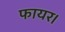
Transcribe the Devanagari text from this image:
फायर।